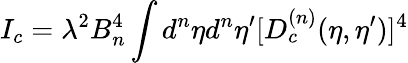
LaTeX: I_{c}=\lambda^{2}B_{n}^{4}\int d^{n}{\eta}d^{n}{\eta^{\prime}}[D_{c}^{(n)}(\eta,{\eta}^{\prime})]^{4}